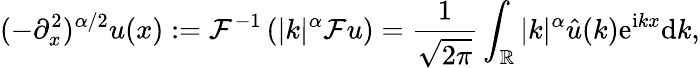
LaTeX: (-\partial_{x}^{2})^{\alpha/2}u(x):=\mathcal{F}^{-1}\left(|k|^{\alpha}\mathcal{F}u\right)=\frac{1}{\sqrt{2\pi}}\int_{\mathbb{R}}|k|^{\alpha}\hat{u}(k)\mathrm{e}^{\mathrm{i}kx}\mathrm{d}k,